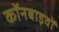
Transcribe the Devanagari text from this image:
कॉनबाइवों